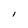
Character: I